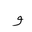
Letter: _waw